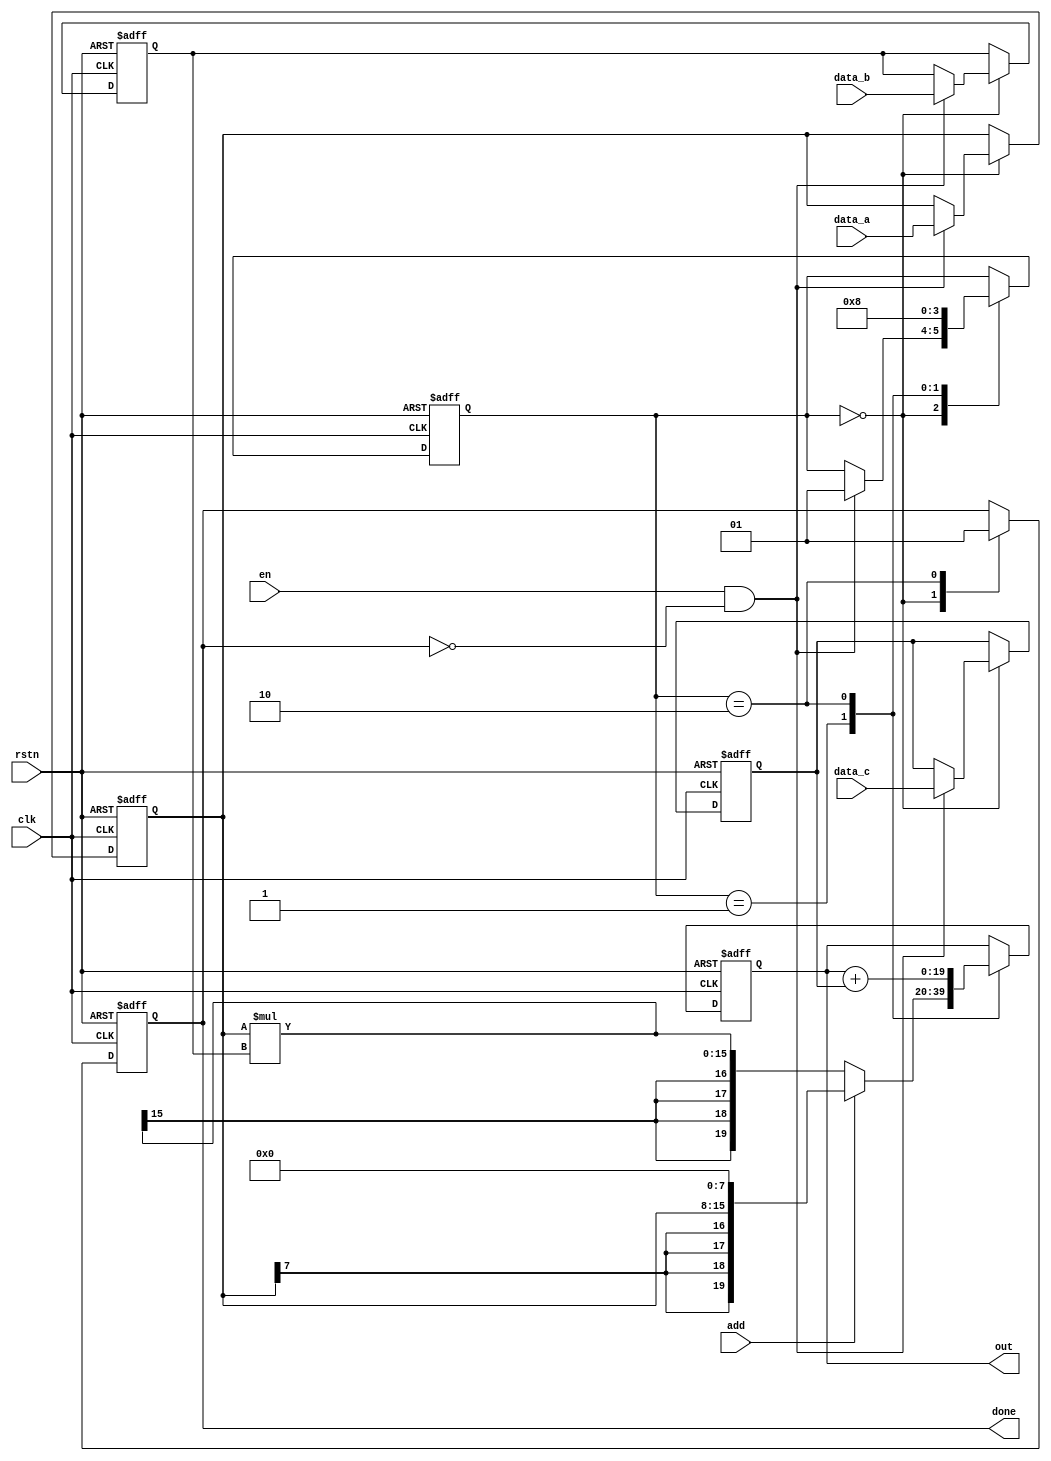

module mac #(
    parameter integer A_BITWIDTH = 8,
    parameter integer B_BITWIDTH = A_BITWIDTH,
    parameter integer OUT_BITWIDTH = 20,
    parameter integer C_BITWIDTH = OUT_BITWIDTH - 1
)
(
    input                                   clk,
    input                                   rstn,
    input                                   en,
    input                                   add,
    input  [A_BITWIDTH-1:0]                 data_a, 
    input  [B_BITWIDTH-1:0]                 data_b,
    input  [C_BITWIDTH-1:0]                 data_c,
    output reg                              done,
    output [OUT_BITWIDTH-1:0]               out
    );

    localparam 
        STATE_IDLE = 2'b00, 
        STATE_MULT = 2'b01, 
        STATE_ACCM = 2'b10;
        
    reg [1:0]                               state;

    reg signed [OUT_BITWIDTH-1:0]           out_temp;

    reg signed [A_BITWIDTH-1:0]             data_a_bf;
    reg signed [B_BITWIDTH-1:0]             data_b_bf;
    reg signed [C_BITWIDTH-1:0]             data_c_bf;

    assign out = out_temp;

    always @ (posedge clk or negedge rstn) begin
        if(!rstn) begin
            state <= STATE_IDLE;
            
            data_a_bf <= {A_BITWIDTH{1'b0}};
            data_b_bf <= {B_BITWIDTH{1'b0}};
            data_c_bf <= {C_BITWIDTH{1'b0}};

            done <= 1'b0;
            out_temp <={OUT_BITWIDTH{1'b0}};
        end
        else begin
            case(state)
                STATE_IDLE: begin
                // TO DO
                // Done flag reset!
                done <= 1'b0;
                    if(en && !done) begin
                    // If en == 1 and done != 1, then running state.
                    // And capture data_a, data_b, data_c to buffer
                        state <= STATE_MULT;
                        data_a_bf <= data_a;
                        data_b_bf <= data_b;
                        data_c_bf <= data_c;
                    end
                    else begin
                    // If not, just waiting for condition.
                    end
                end
                STATE_MULT: begin
                // TO DO
                    if (!add) begin
                    // If add signal is low, do muliply with data_a_bf and data_b_bf.
                        state <= STATE_ACCM;
                        out_temp <= data_a_bf * data_b_bf;
                    end
                    else begin
                    // If add signal is high, shift data_a_bf to match bit representation.     
                        state <= STATE_ACCM;
                        out_temp <= data_a_bf<<<8;                        
                    end
                end
                STATE_ACCM: begin
                // TO DO
                // Do add and make output 'done' flag high.( done = 1)
                    state <= STATE_IDLE;
                    out_temp <= out_temp + data_c_bf;
                    done <= 1;                    
                end
                default:;
           endcase
       end
    end
endmodule